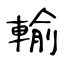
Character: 輸